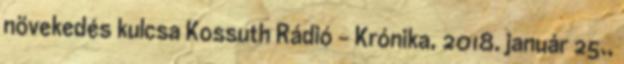
növekedés kulcsa Kossuth Rádió - Krónika, 2018. január 25.,